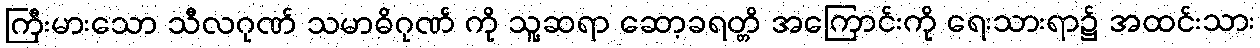
ကြီးမားသော သီလဂုဏ် သမာဓိဂုဏ် ကို သူ့ဆရာ ဆော့ခရတ္တိ အကြောင်းကို ရေးသားရာ၌ အထင်းသား